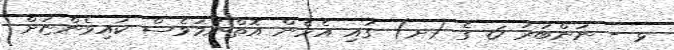
ޅ - ނަންބަރުު 6 ގެ (ށ) ގައި އެހެން އޮތްނަމަވެސް ކައިވެންޏަށް